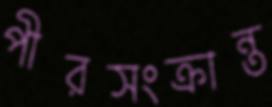
পীরসংক্রান্ত